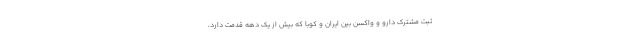
ثبت مشترک دارو و واکسن بین ایران و کوبا که بیش از یک دهه قدمت دارد،